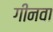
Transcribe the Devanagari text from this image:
गीनवा